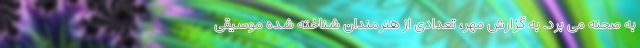
به صحنه می برد. به گزارش مهر، تعدادی از هنرمندان شناخته شده موسیقی